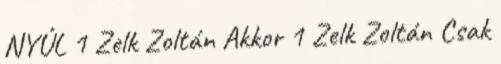
NYÚL 1 Zelk Zoltán Akkor 1 Zelk Zoltán Csak